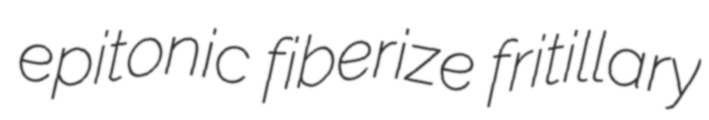
epitonic fiberize fritillary